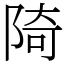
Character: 陭